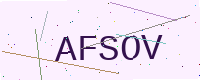
Text: AFSOV